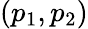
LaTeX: (p_{1},p_{2})